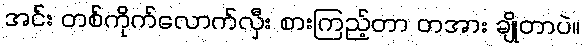
အင်း တစ်ကိုက်လောက်လှီး စားကြည့်တာ တအား ချိုတာပဲ။